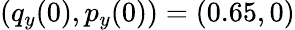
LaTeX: (q_{y}(0),p_{y}(0))=(0.65,0)